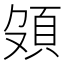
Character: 𩑦